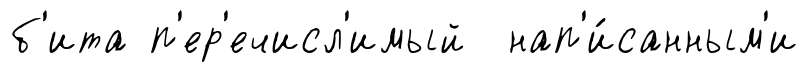
б'ита п'ер'ечисл'имый нап'и́санным'и